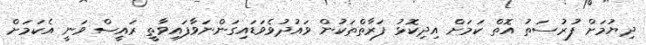
ދިޔުމަށް ފުރުސަތު އޮތް ކަަމަށް އިދިކޮޅު ފަރާތްތަކުން ވައުދުވެވަޑައިގަންނަވާފައިވާތީ ރައީސް ވަނީ އެކަމަށް